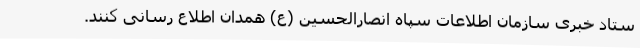
ستاد خبری سازمان اطلاعات سپاه انصارالحسین (ع) همدان اطلاع رسانی کنند.